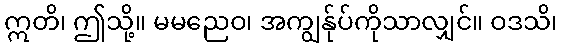
ဣတိ၊ ဤသို့။ မမညေဝ၊ အကျွန်ုပ်ကိုသာလျှင်။ ဝဒသိ၊